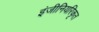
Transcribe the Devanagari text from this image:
इंजीनियरिकृत